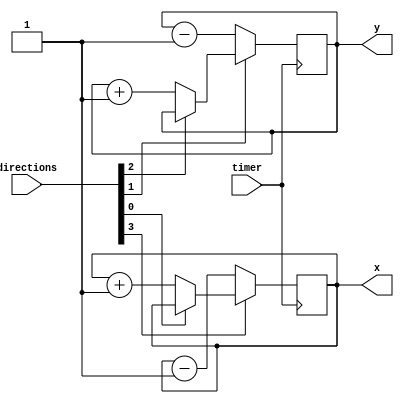
module whereiam(
	input [3:0] directions,
	input timer,
	output reg [7:0] x,
	output reg [7:0] y);
	
	initial begin
		x = 8'd80;
		y = 8'd80;
	end
		
	always @(posedge timer) begin
	
		if (~directions[0]) x <= x + 1; 
		if (~directions[3]) x <= x - 1; 
		if (~directions[2]) y <= y + 1; 
		if (~directions[1]) y <= y - 1; 
	
	end
		
endmodule